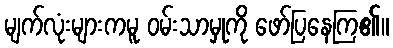
မျက်လုံးများကမူ ဝမ်းသာမှုကို ဖော်ပြနေကြ၏။